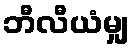
ဘီလီယံမျှ